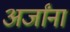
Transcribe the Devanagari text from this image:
अर्जांना